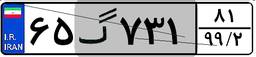
۶۵گ۷۳۱۸۱